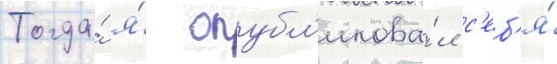
Тогда́ я́ опубл'икова́л с'еб'я́